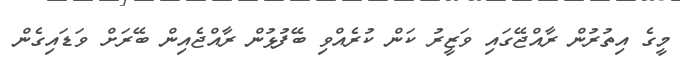
މީގެ އިތުރުން ރާއްޖޭގައި ވަޒީރު ކަން ކުރެއްވި ބޭފުޅުން ރާއްޖެއިން ބޭރަށް ވަޑައިގެން